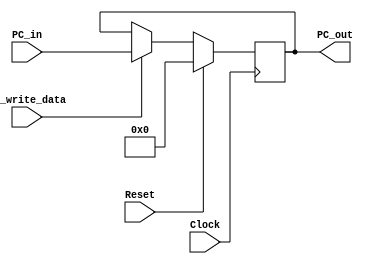
`timescale 1ns / 1ps

module Program_Counter(
    PC_in,
    PC_out,
    PC_write_data,
    Clock,
    Reset
);

parameter N = 16;

input [N-1:0] PC_in;
output reg [N-1:0] PC_out = 16'b0000000000000000;
input PC_write_data;
input Clock;
input Reset;

always @ (posedge Clock)
begin
if (Reset==1)
    PC_out=0;
else
begin
    if (PC_write_data) 
    begin
        PC_out <= PC_in;
    end
    else 
    begin
        PC_out <= PC_out;
    end
end
end
    
endmodule